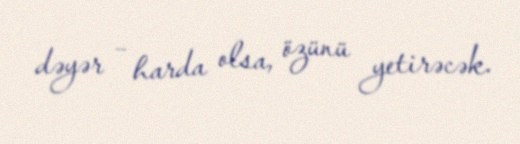
dəyər – harda olsa, özünü yetirəcək.